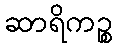
ဆာရိကဉ္စ